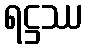
ရဋ္ဌဿ